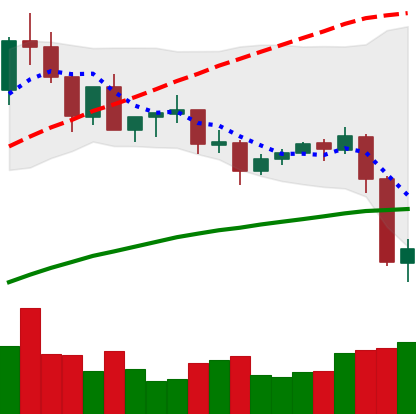
Ticker: XLM-USD
Chart end date: 2020-09-04
Forward return: -3.47%
Label: down_3_5